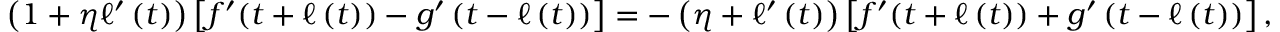
\left( 1 + \eta \ell ^ { \prime } \left( t \right) \right) \left[ f ^ { \prime } ( t + \ell \left( t \right) ) - g ^ { \prime } \left( t - \ell \left( t \right) \right) \right] = - \left( \eta + \ell ^ { \prime } \left( t \right) \right) \left[ f ^ { \prime } ( t + \ell \left( t \right) ) + g ^ { \prime } \left( t - \ell \left( t \right) \right) \right] ,